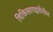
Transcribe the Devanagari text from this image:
चिकित्सापद्धतीतील